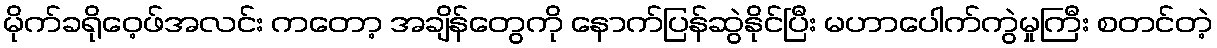
မိုက်ခရိုဝေ့ဖ်အလင်း ကတော့ အချိန်တွေကို နောက်ပြန်ဆွဲနိုင်ပြီး မဟာပေါက်ကွဲမှုကြီး စတင်တဲ့